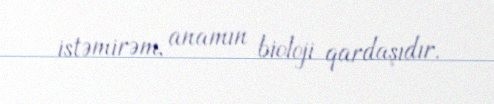
istəmirəm, anamın bioloji qardaşıdır.